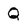
Character: Q